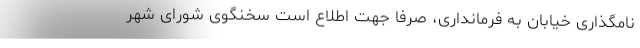
نامگذاری خیابان به فرمانداری، صرفا جهت اطلاع است سخنگوی شورای شهر